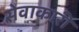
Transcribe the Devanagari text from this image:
सेवाकारी